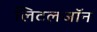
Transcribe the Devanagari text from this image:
लिटलजॉन